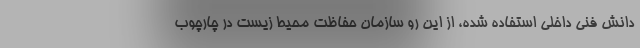
دانش فنی داخلی استفاده شده، از این رو سازمان حفاظت محیط زیست در چارچوب